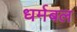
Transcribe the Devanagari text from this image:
धर्मबल